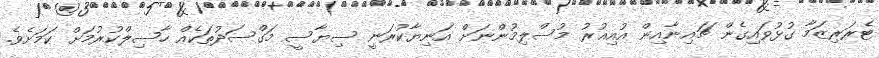
ޓެރަރިޒަމާ ގުޅުވައިގެން ޗައިނާއިން އުއިޣުރު މުސްލިމުންނަށް އަނިޔާކުރަނީ ސިޔާސީ މަގްސަދުތަކެއް ހާސިލްކުރުމަށް ކަމަށެވެ.